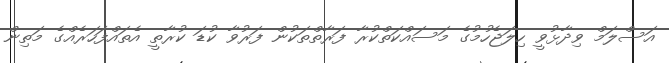
އަސްލަމް ވިދާޅުވީ ހިލަޖެހުމުގެ މަސައްކަތްކުރާ ފަރާތްތަކުން ފަރުވާ ކުޑަ ކުރާތީ އެތައްފަހަރެއްގެ މަތިން